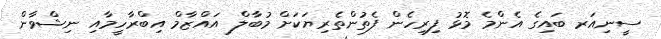
ސީނިއަރ ބައިގެ އެންމެ މޮޅު ފިރިހެން ފެތުންތެރިޔަކަށް މުބާލް އައްޒާމް އިބްރާހީމާއި ނިޝްވާން